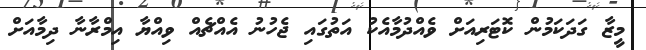
މީޒާ ގަދަކަމުން ކޮޓަރިއަށް ވެއްދުމާއެކު އަތުގައި ޖެހުނު އެއްޗެއް ވިއްޔާ އިމްރާނާ ދިމާއަށް